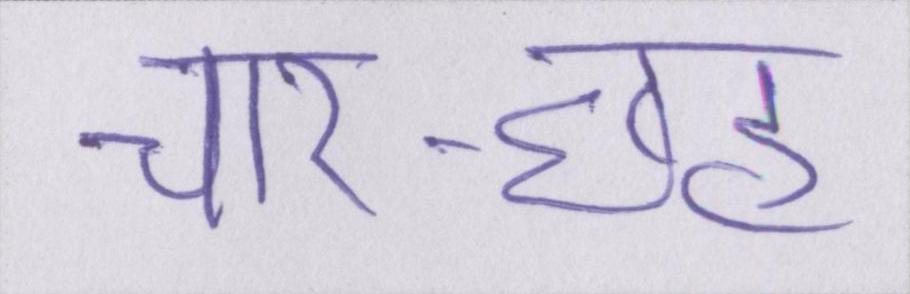
चार-छह